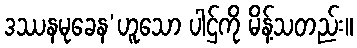
ဒဿနမုခေန’ဟူသော ပါဌ်ကို မိန့်သတည်း။